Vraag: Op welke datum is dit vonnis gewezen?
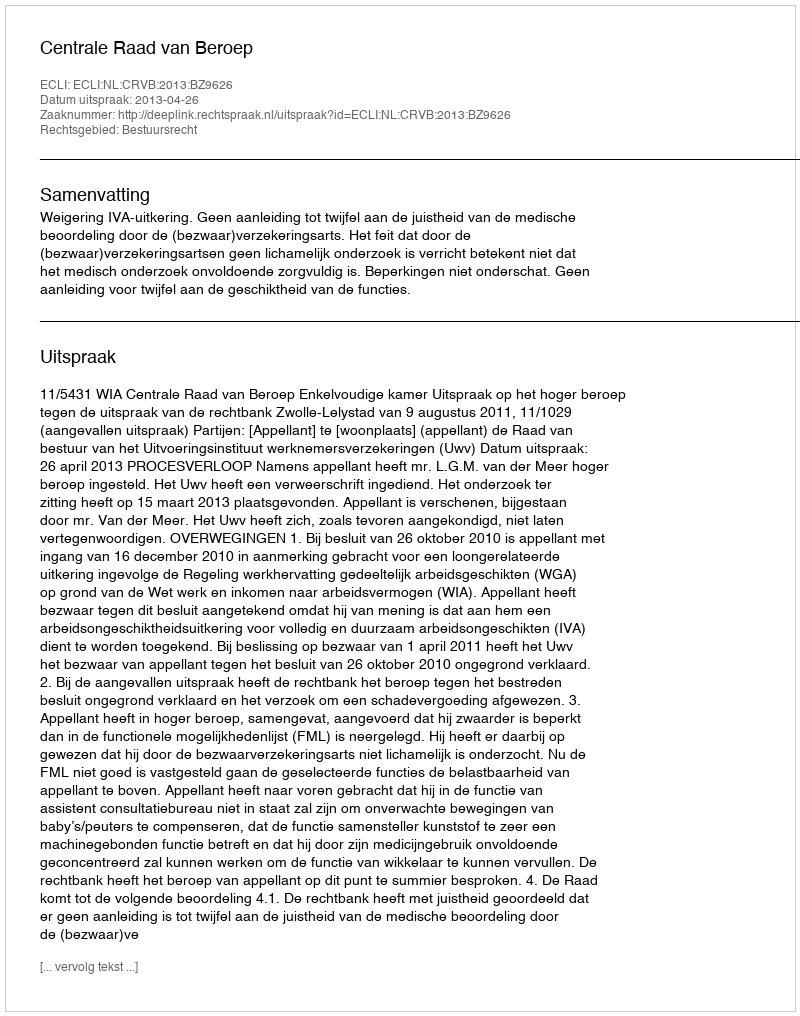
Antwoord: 2013-04-26